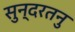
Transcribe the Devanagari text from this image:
सुन्दरतनु